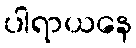
ပါရာယနေ